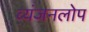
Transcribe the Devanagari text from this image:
व्यंजनलोप